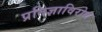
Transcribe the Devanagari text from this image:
प्रतिज्ञाविरोध